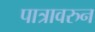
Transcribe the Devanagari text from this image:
पात्रावरुन